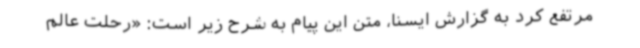
مرتفع کرد به گزارش ایسنا، متن این پیام به شرح زیر است: «رحلت عالم